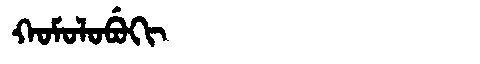
Manchu: ᡴᠣᠮᠣᠯᠣᠪᡠᡴᡳ
Romanization: KOMOLOBUKI